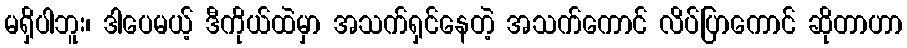
မရှိပါဘူး၊ ဒါပေမယ့် ဒီကိုယ်ထဲမှာ အသက်ရှင်နေတဲ့ အသက်ကောင် လိပ်ပြာကောင် ဆိုတာဟာ